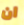
ان